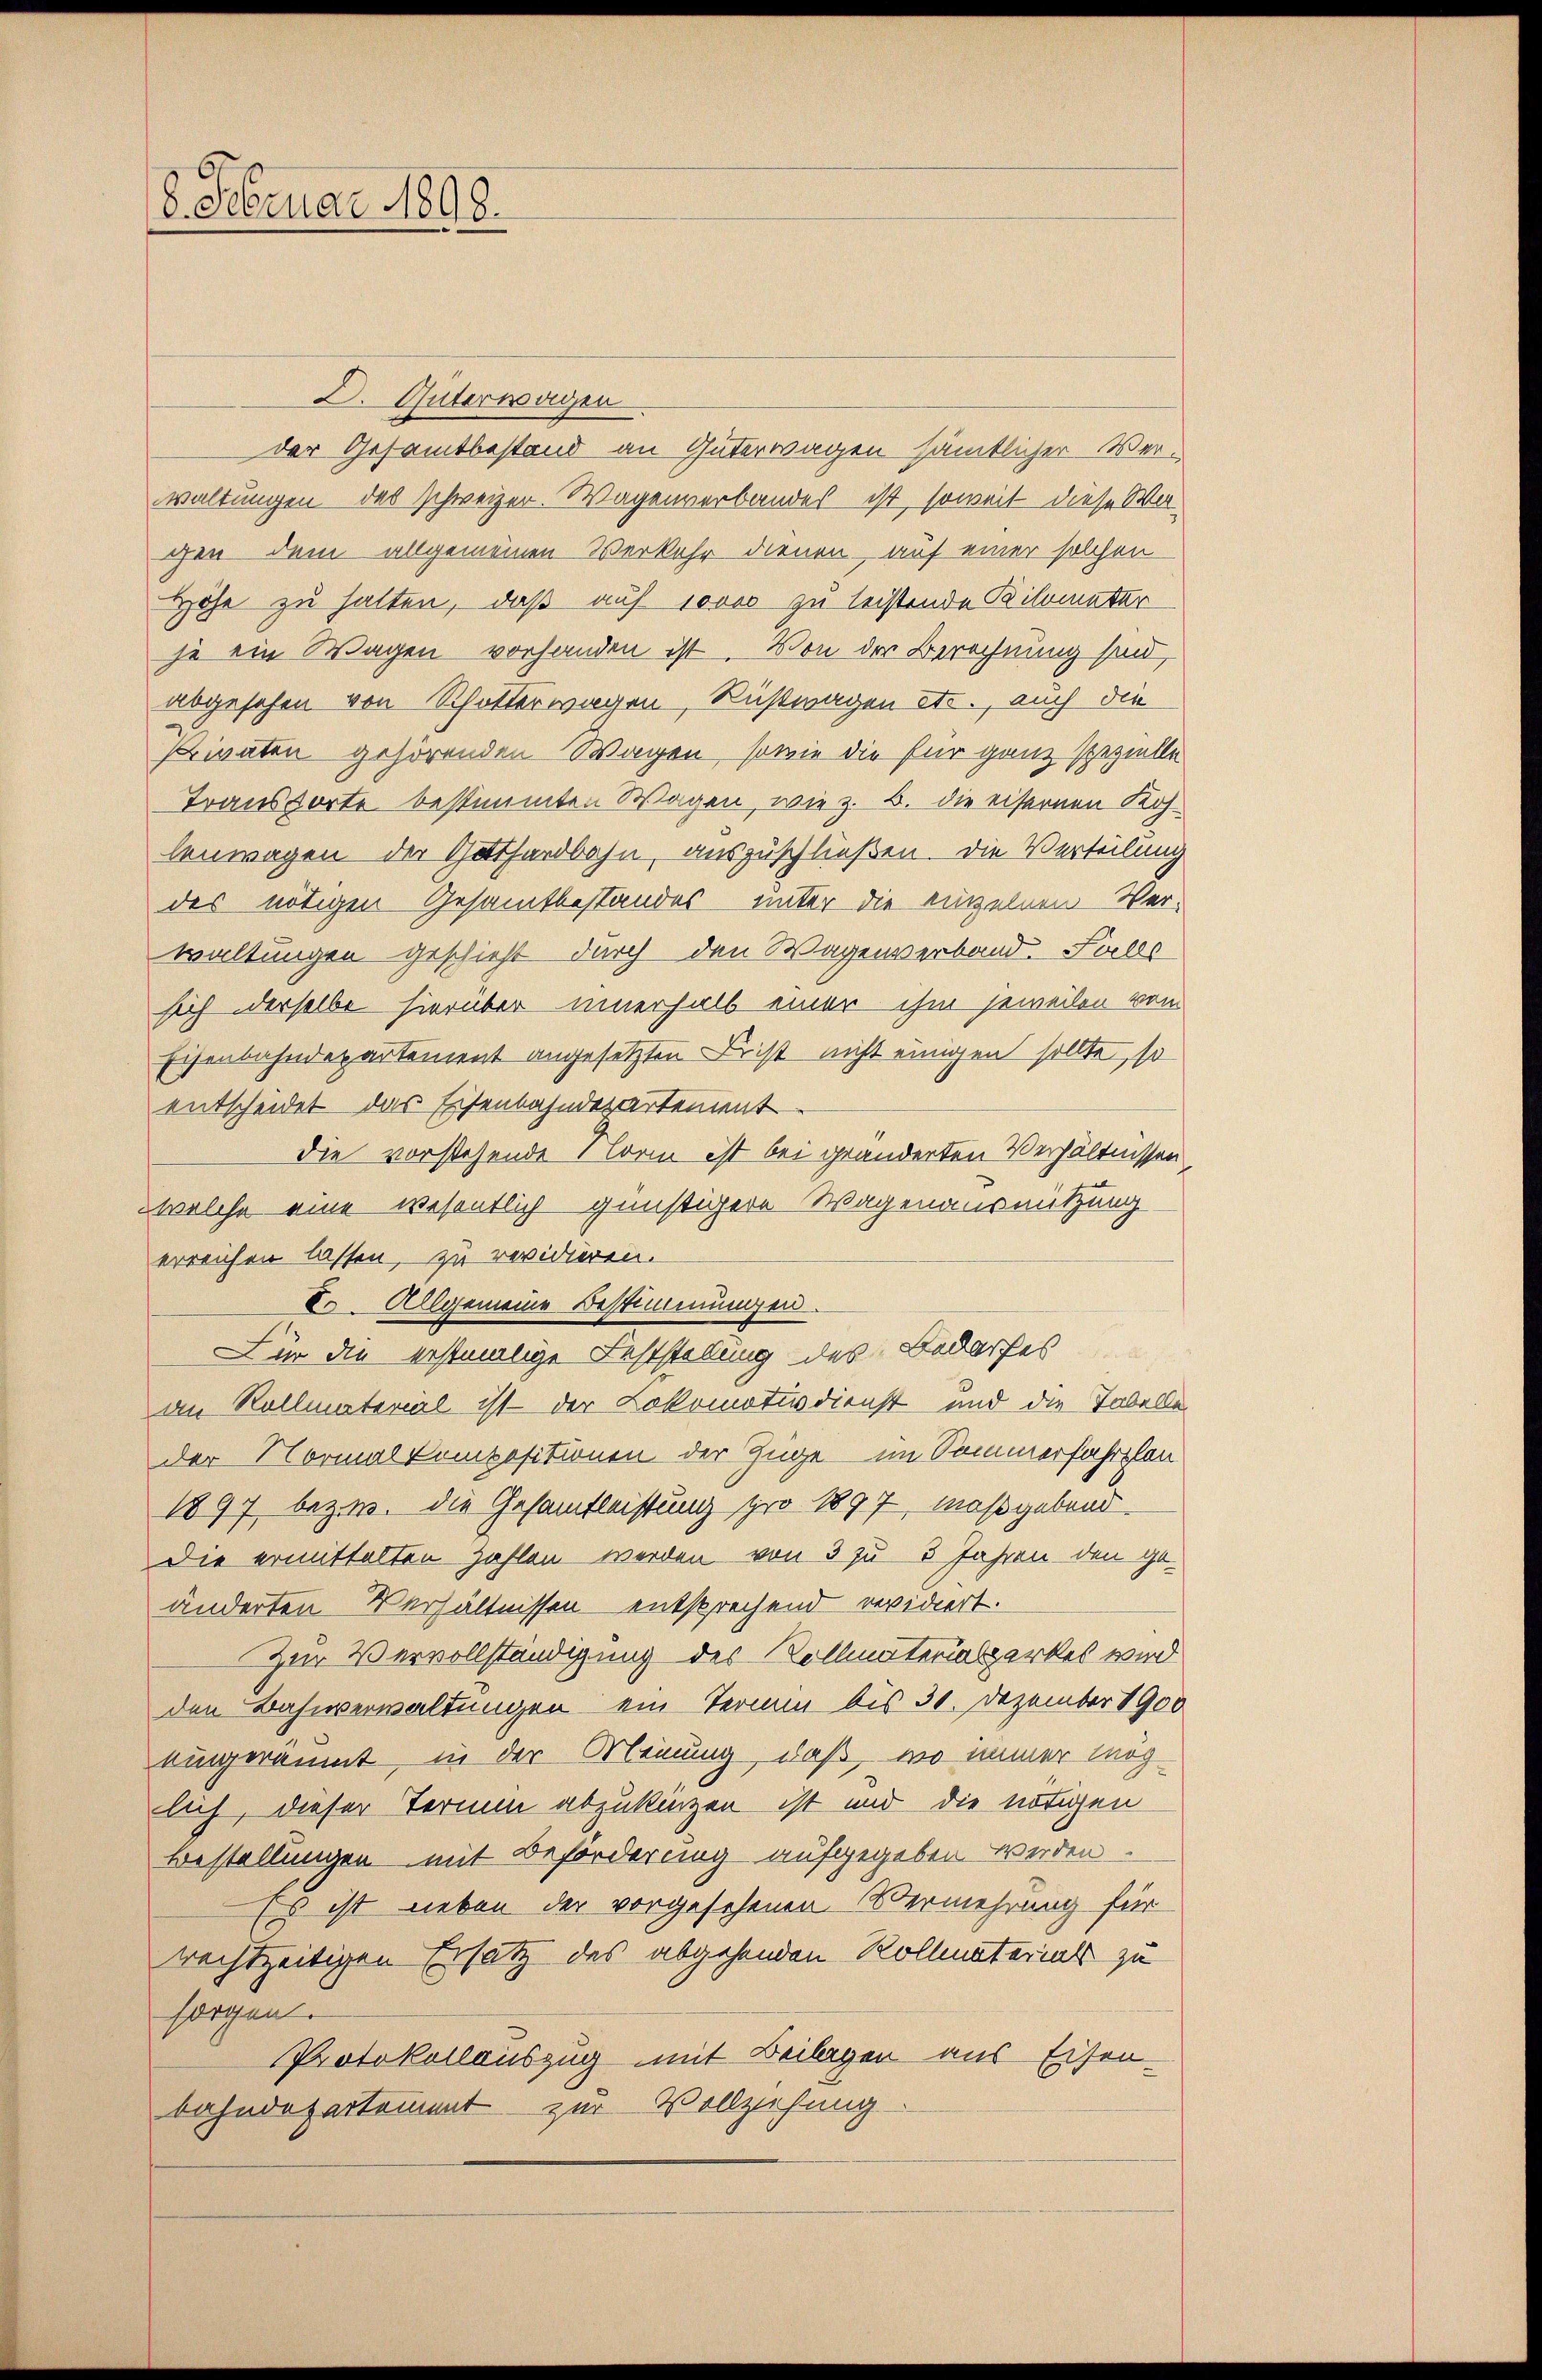
8. Februar 1898.

D. Güterwagen
der Gesamtbestand an Güterwagen sämtlicher Verwaltungen das schweizer. Wagenverbandes ist, soweit diese Wargen dem allgemeinen Verkehr dienen, auf einer solchen
Höhe zu halten, daß auf 10000 zu leistende Kilometer
je ein Wagen vorhanden ist. Von der Berechnung sind,
abgesehen von Schotterwagen Rustwagen etc., auch die
Privaten gehörenden Wagen, sowie die für ganz spezielle
Transporte bestimmten Wagen, wie z. B. die eisernen Kohlenwagen der Gathardbahn, auszuschließen. Die Verteilung
des nötigen Gesammtbestandes unter die einzelnen Ver-
waltungen geschieht durch den Wagenverband. Falls
sich derselbe hierüber innerhalb einer ihm jeweilen vom
Eisenbahndepartement angesetzten Frist nicht einigen sollte, so
entscheidet das Eisenbahndepartement
die vorstehende Norm ist bei geänderten Verhältnissen
welche eine wesentlich günstigere Wagenausnutzung
erreichen lassen, zu revidieren.
Eo. Allgemeine Bestimmungen.
Für die erstmalige Feststellung des Bedarfes
an Rollmaterial ist der Lokomotudienst und die Tabelle
der Normal kompositionen der Züge im Sommerfahrplan
1897 bezw. die Gesamtleistung pro 1897, maßgebend
Die ermittelten zahlen werden von 3 zu 3 Jahren den geänderten Verhältnissen entsprechend revidiert.
Zur Vervollständigung des Vollmaterialsperkes wird
den Bahnverwaltungen ein Termin bis 30. Dezember 1900
eingeräumt, in der Meinung, daß, wo immer Mag
lich, dieser Termin abzukinzen ist und die nötigen
Bestellungen mit Beförderung aufgegeben werden.
Es ist neben der vorgesehenen Übermehrung für
rechtzeitigen Ersatz des abgehenden Kollmaterials zu
sorgen.
Protokollauszug mit Beilagen aus Eisen-
bahndepartement zur Vollziehung